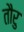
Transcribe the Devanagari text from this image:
तौरु